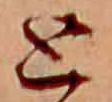
と